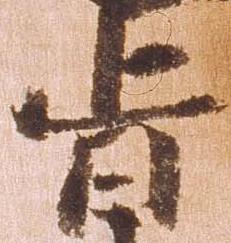
旨